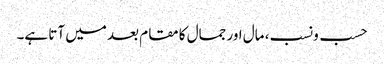
حسب ونسب، مال اور جمال کا مقام بعد میں آتا ہے۔